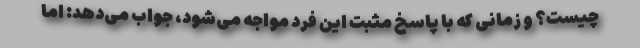
چیست؟ و زمانی که با پاسخ مثبت این فرد مواجه می‌شود، جواب می‌دهد: اما